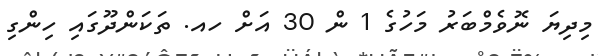
މިދިޔަ ނޮވެމްބަރު މަހުގެ 1 ން 30 އަށް ހއ. ތަކަންދޫގައި ހިންގި